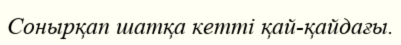
Сонырқап шатқа кетті қай-қайдағы.